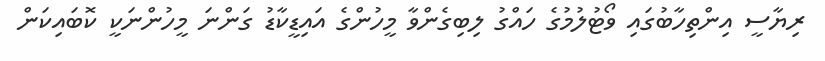
ރިޔާސީ އިންތިހާބުގައި ވޯޓުލުމުގެ ހައްގު ލިބިގެންވާ މީހުންގެ އައިޑީކާޑު ގަންނަ މީހުންނަކީ ކޮބައިކަން